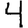
Digit: 4